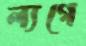
ল্যগে